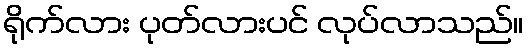
ရိုက်လား ပုတ်လားပင် လုပ်လာသည်။